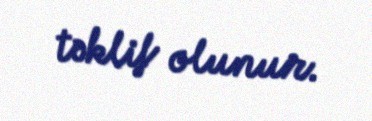
təklif olunur.